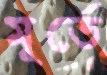
মূর্তে